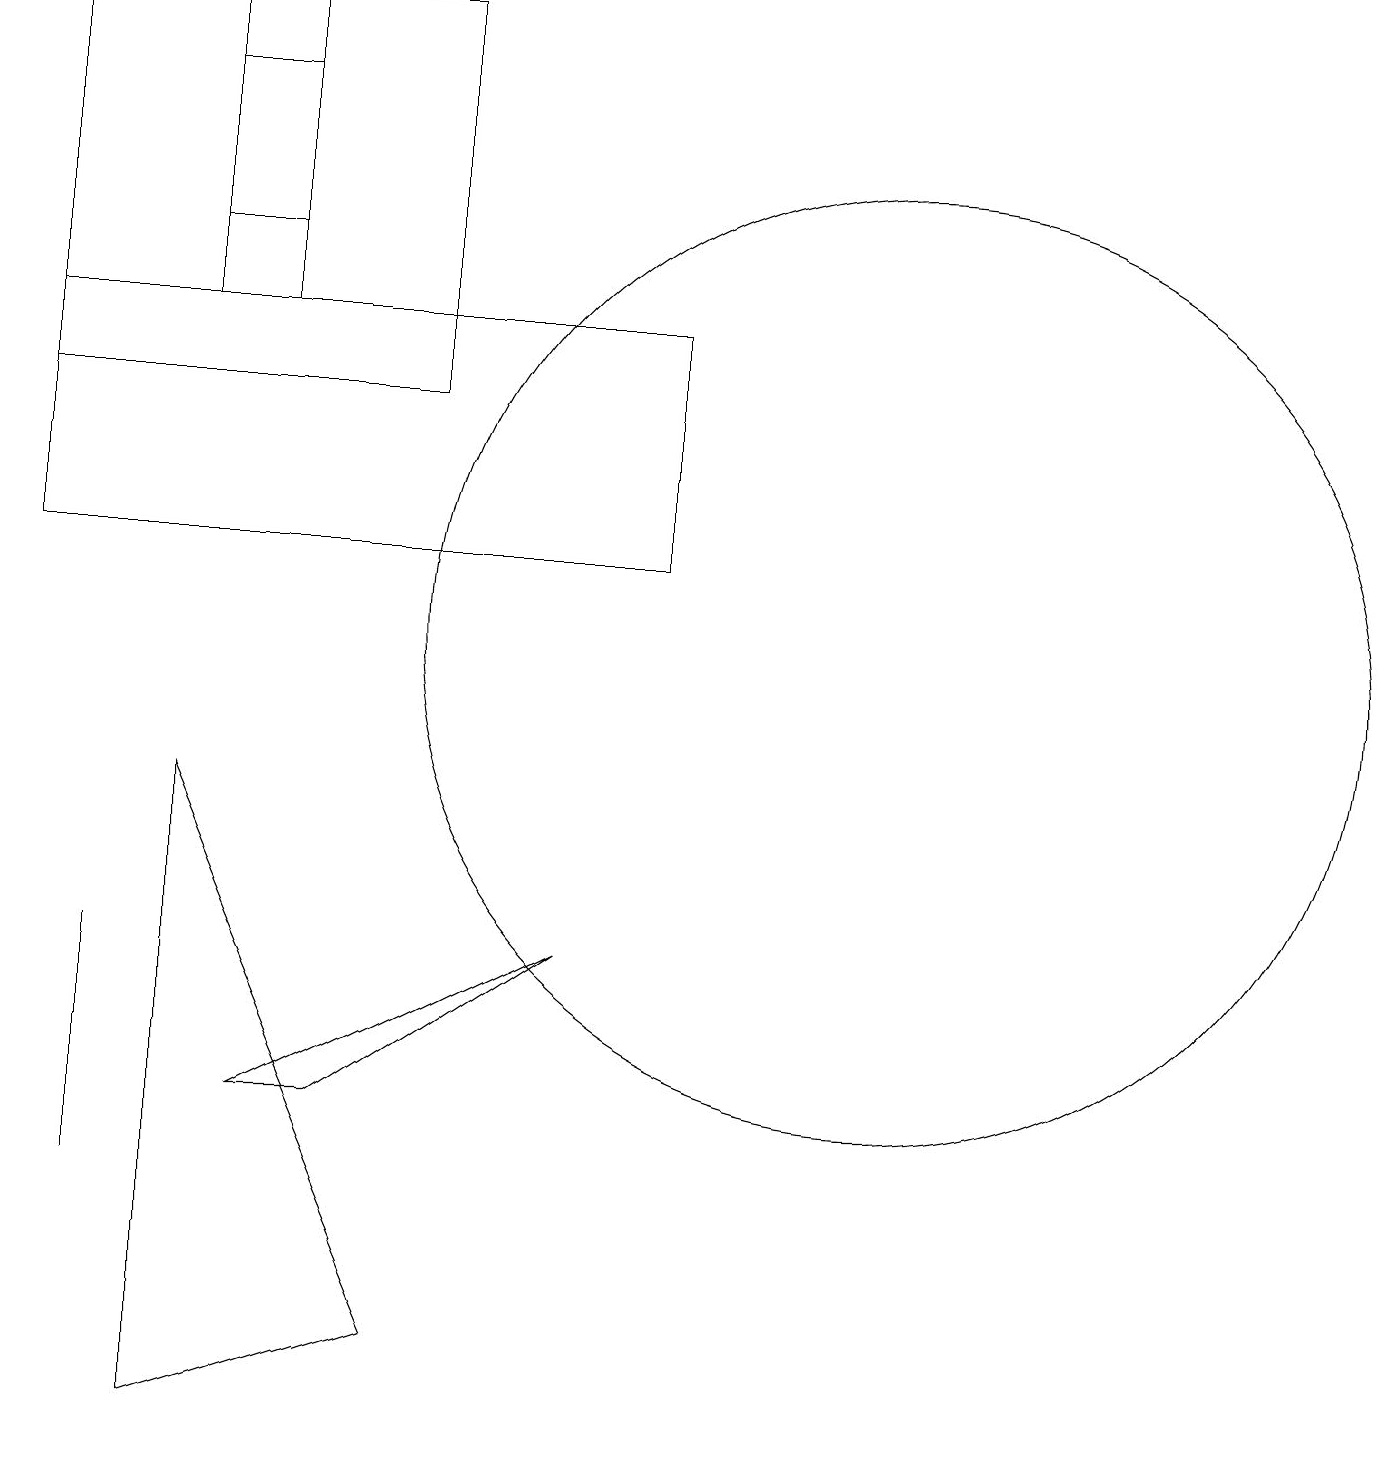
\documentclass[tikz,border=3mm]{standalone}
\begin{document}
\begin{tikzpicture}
\draw (2,4) -- (2,5) -- (2,7) -- cycle;
\draw (1,12) rectangle (9,15);
\draw (1,14) rectangle (6,19);
\draw (3,18) rectangle (4,16);
\draw (12,11) circle (6);
\draw (5,5) -- (8,7) -- (4,5) -- cycle;
\draw (3,1) -- (3,9) -- (6,2) -- cycle;
\draw (3,19) rectangle (4,15);
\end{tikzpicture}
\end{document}